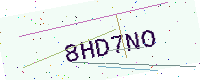
Text: 8HD7NO